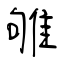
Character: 雊